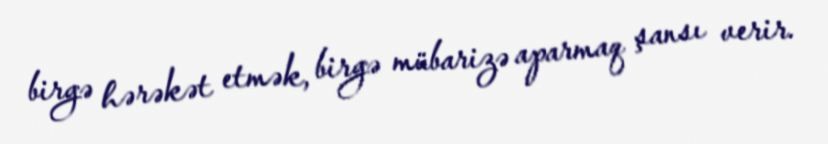
birgə hərəkət etmək, birgə mübarizə aparmaq şansı verir.